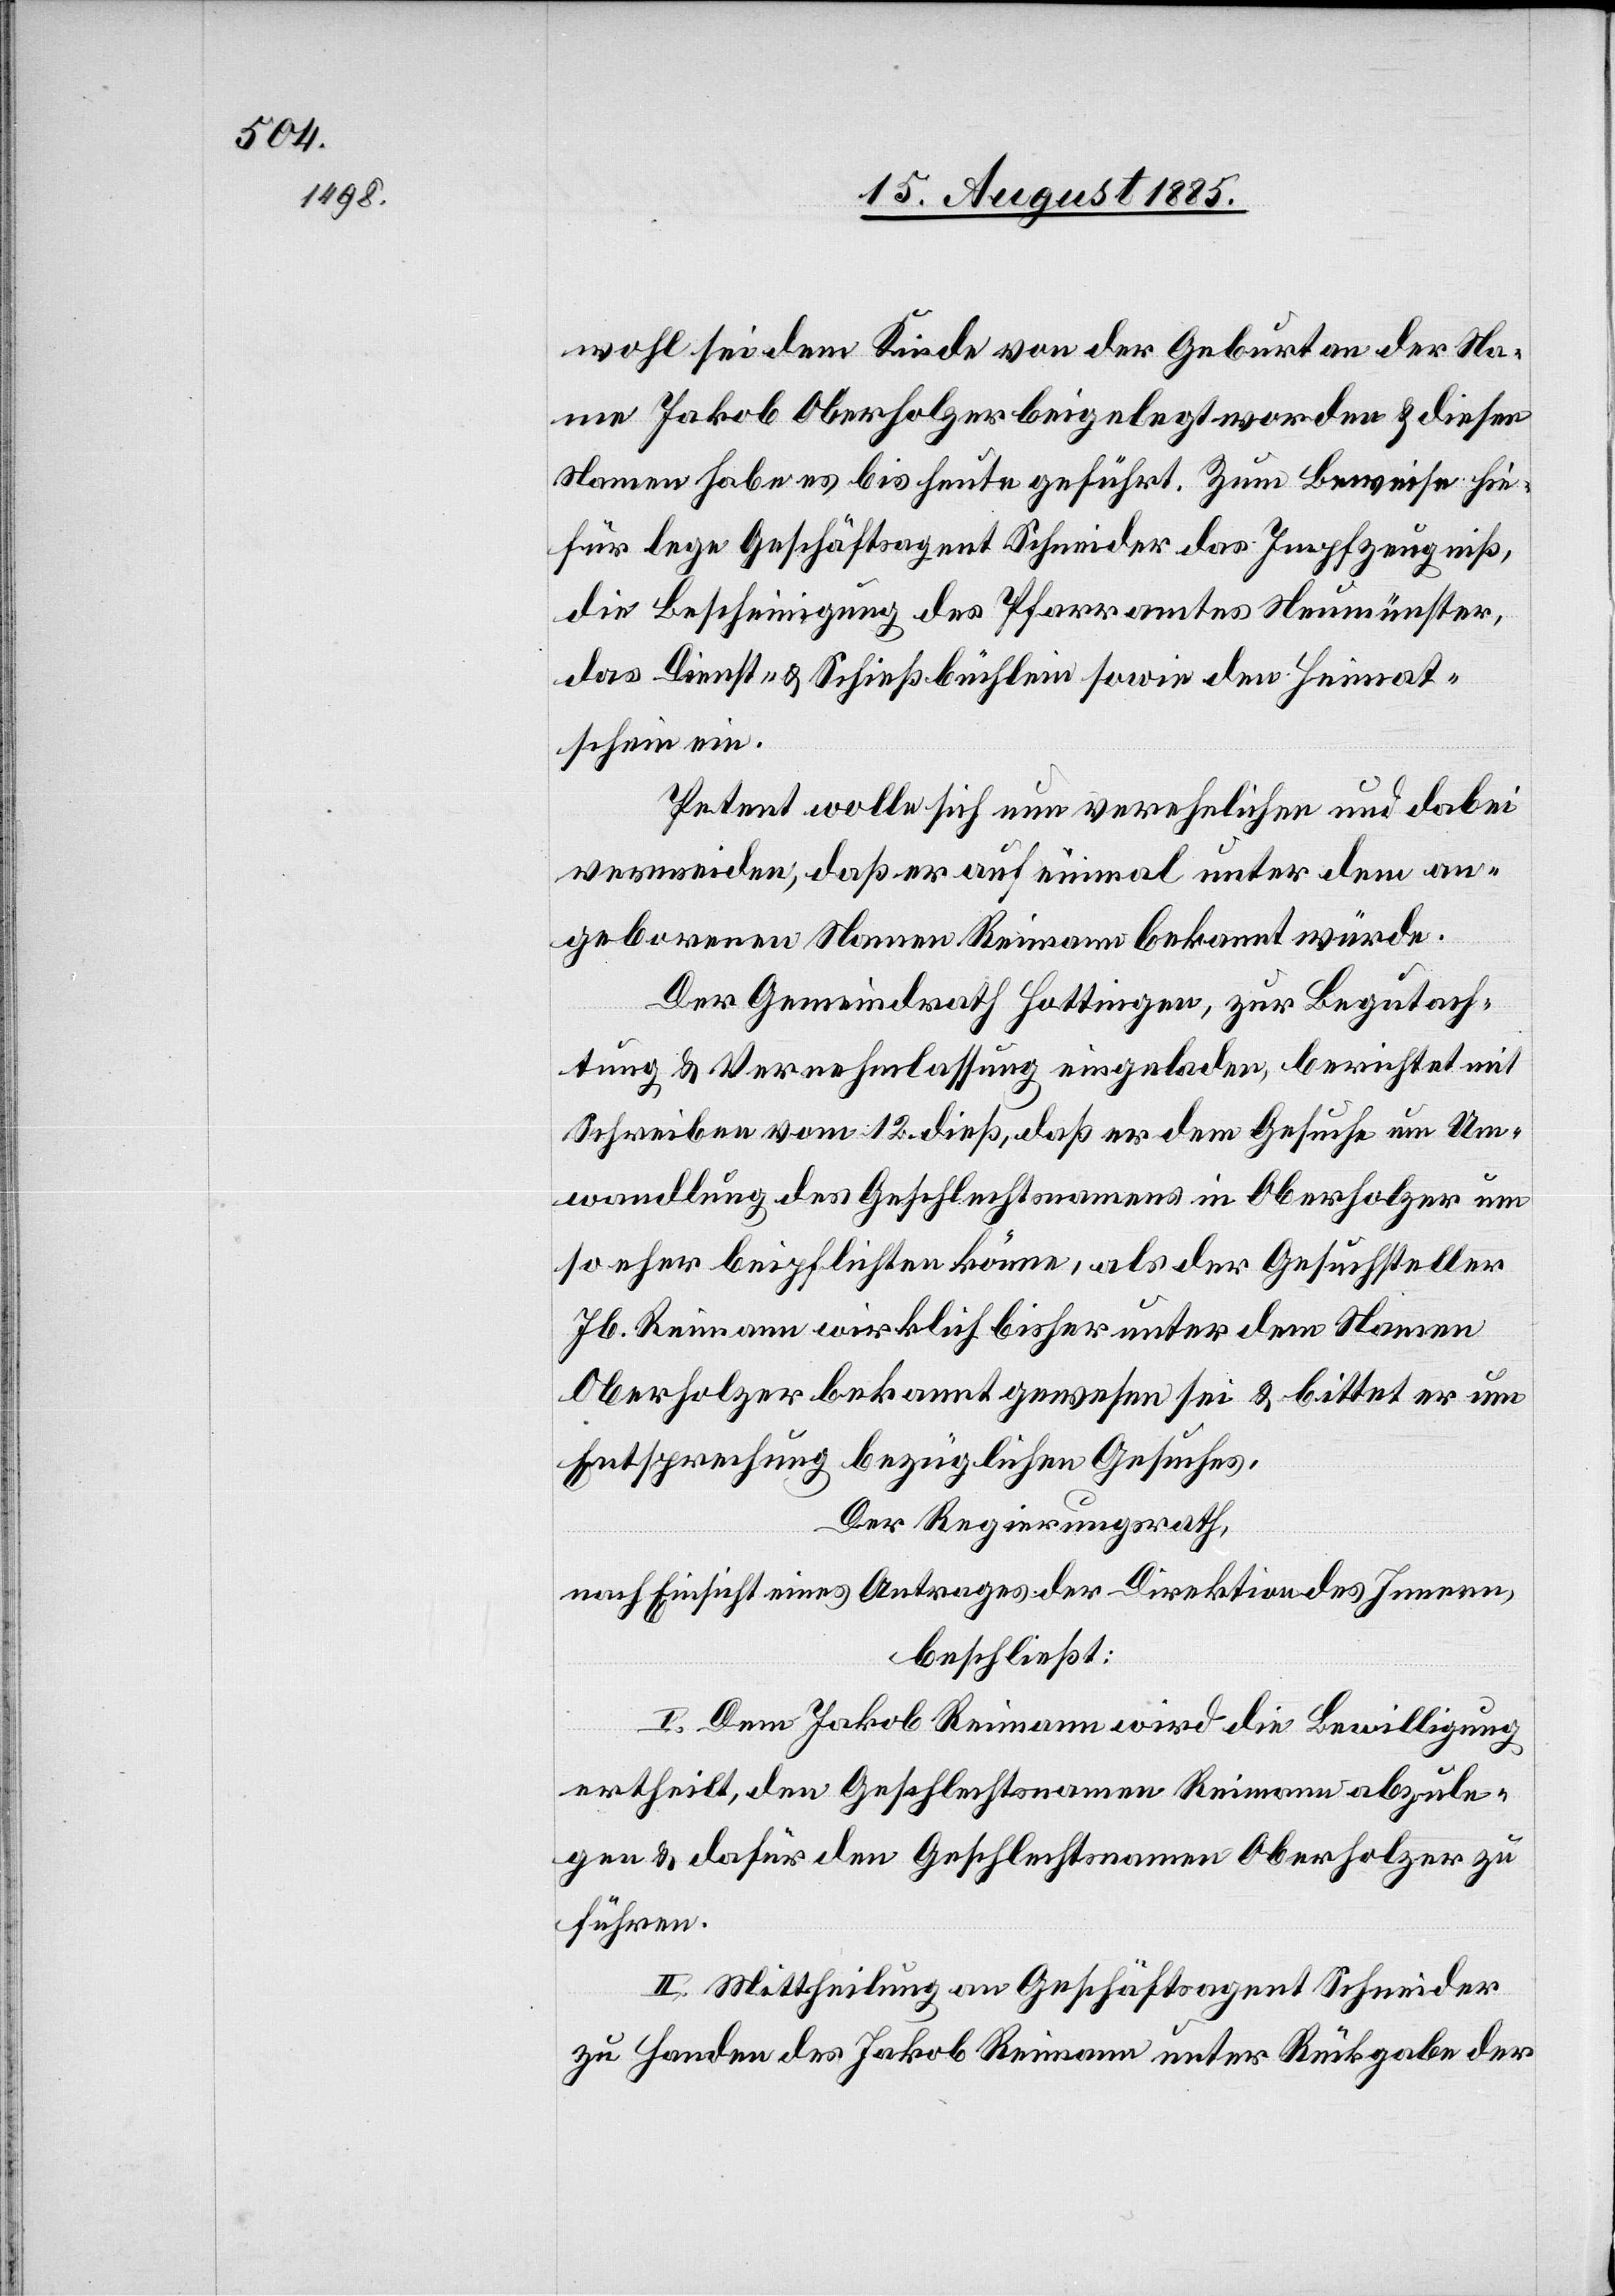
wohl sei dem Kinde von der Geburt an der Na¬
me Jakob Oberholzer beigelegt worden & diesen
Namen habe es bis heute geführt. Zum Beweise hie¬
für lege Geschäftsagent Schneider das Impfzeugniß,
die Bescheinigung des Pfarramtes Neumünster,
das Dienst- & Schießbüchlein sowie den Heimat¬
schein ein.
Petent wolle sich nun verehelichen und dabei
vermeiden, daß er auf einmal unter dem an¬
geborenen Namen Reimann bekannt würde.
Der Gemeindrath Hottingen, zur Begutach¬
tung & Vernehmlassung eingeladen, berichtet mit
Schreiben vom 12. dieß, daß er dem Gesuche um Um¬
wandlung des Geschlechtsnamens in Oberholzer um
so eher beipflichten könne, als der Gesuchsteller
Jb. Reimann wirklich bisher unter dem Namen
Oberholzer bekannt gewesen sei & bittet er um
Entsprechung bezüglichen Gesuches.
Der Regierungsrath,
nach Einsicht eines Antrages der Direktion des Innern,
beschließt:
I. Dem Jakob Reimann wird die Bewilligung
ertheilt, den Geschlechtsnamen Reimann abzule¬
gen & dafür den Geschlechtsnamen Oberholzer zu
führen.
II. Mittheilung an Geschäftsagent Schneider
zu Handen des Jakob Reimann unter Rückgabe der